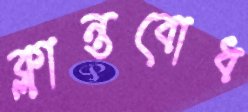
ক্লান্তবোধ